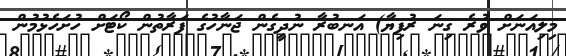
މިލިއަނަށް ވުރެ ގިނަ ރުފިޔާ) އަނބުރާ ނުދީގެން ޖަނާހުގެ ފަރާތުން ކޯޓަށް ހުށަހެޅުމުން